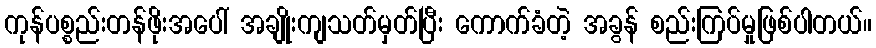
ကုန်ပစ္စည်းတန်ဖိုးအပေါ် အချိုးကျသတ်မှတ်ပြီး ကောက်ခံတဲ့ အခွန် စည်းကြပ်မှုဖြစ်ပါတယ်။